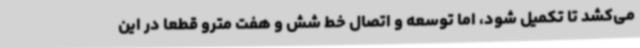
می‌کشد تا تکمیل شود، اما توسعه و اتصال خط شش و هفت مترو قطعا در این